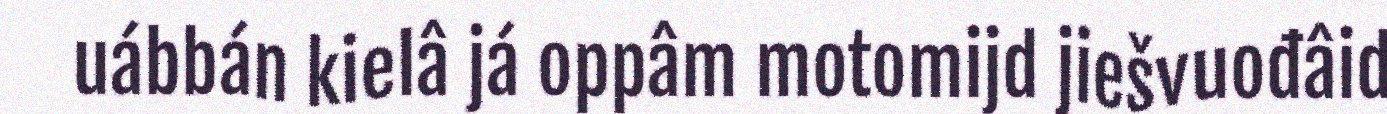
uábbán kielâ já oppâm motomijd jiešvuođâid